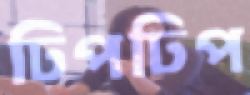
ঢিপঢিপ